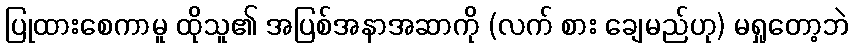
ပြုထားစေကာမူ ထိုသူ၏ အပြစ်အနာအဆာကို (လက် စား ချေမည်ဟု) မရှုတော့ဘဲ